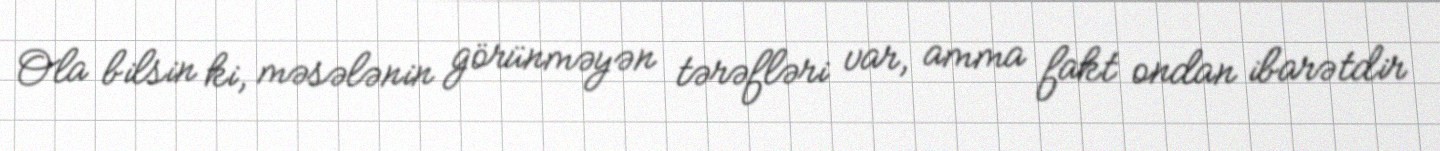
Ola bilsin ki, məsələnin görünməyən tərəfləri var, amma fakt ondan ibarətdir